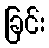
ခြင်း